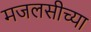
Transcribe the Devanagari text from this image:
मजलसीच्या